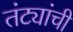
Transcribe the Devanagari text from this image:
तंट्यांची